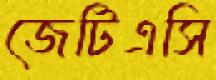
জেটিএসি